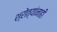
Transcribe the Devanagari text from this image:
श्रोत्यांनाही